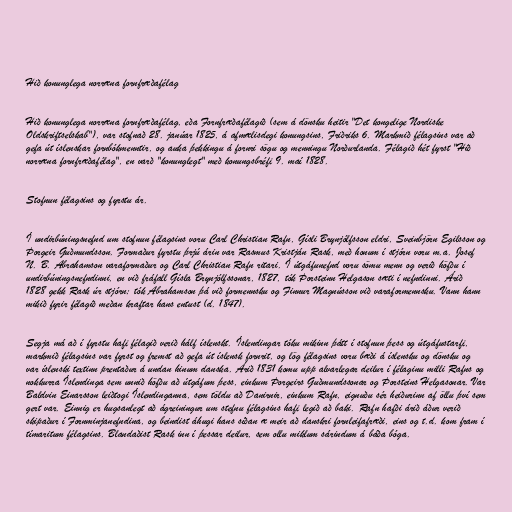
Hið konunglega norræna fornfræðafélag

Hið konunglega norræna fornfræðafélag, eða Fornfræðafélagið (sem á dönsku heitir "Det kongelige Nordiske
Oldskriftselskab"), var stofnað 28. janúar 1825, á afmælisdegi konungsins, Friðriks 6. Markmið félagsins var að
gefa út íslenskar fornbókmenntir, og auka þekkingu á fornri sögu og menningu Norðurlanda. Félagið hét fyrst "Hið
norræna fornfræðafélag", en varð "konunglegt" með konungsbréfi 9. maí 1828.

Stofnun félagsins og fyrstu ár.

Í undirbúningsnefnd um stofnun félagsins voru Carl Christian Rafn, Gísli Brynjólfsson eldri, Sveinbjörn Egilsson og
Þorgeir Guðmundsson. Formaður fyrstu þrjú árin var Rasmus Kristján Rask, með honum í stjórn voru m.a. Josef
N. B. Abrahamson varaformaður og Carl Christian Rafn ritari. Í útgáfunefnd voru sömu menn og verið höfðu í
undirbúningsnefndinni, en við fráfall Gísla Brynjólfssonar, 1827, tók Þorsteinn Helgason sæti í nefndinni. Árið
1828 gekk Rask úr stjórn; tók Abrahamson þá við formennsku og Finnur Magnússon við varaformennsku. Vann hann
mikið fyrir félagið meðan kraftar hans entust (d. 1847).

Segja má að í fyrstu hafi félagið verið hálf íslenskt. Íslendingar tóku mikinn þátt í stofnun þess og útgáfustarfi,
markmið félagsins var fyrst og fremst að gefa út íslensk fornrit, og lög félagsins voru bæði á íslensku og dönsku og
var íslenski textinn prentaður á undan hinum danska. Árið 1831 komu upp alvarlegar deilur í félaginu milli Rafns og
nokkurra Íslendinga sem unnið höfðu að útgáfum þess, einkum Þorgeirs Guðmundssonar og Þorsteins Helgasonar. Var
Baldvin Einarsson leiðtogi Íslendinganna, sem töldu að Danirnir, einkum Rafn, eignuðu sér heiðurinn af öllu því sem
gert var. Einnig er hugsanlegt að ágreiningur um stefnu félagsins hafi legið að baki. Rafn hafði árið áður verið
skipaður í Fornminjanefndina, og beindist áhugi hans síðan æ meir að danskri fornleifafræði, eins og t.d. kom fram í
tímaritum félagsins. Blandaðist Rask inn í þessar deilur, sem ollu miklum sárindum á báða bóga.